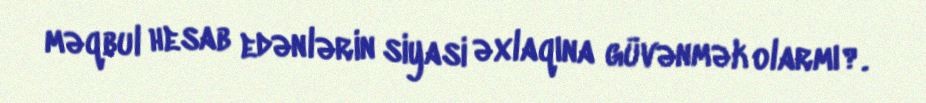
məqbul hesab edənlərin siyasi əxlaqına güvənmək olarmı?.